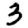
Digit: 3